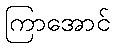
ကြာအောင်